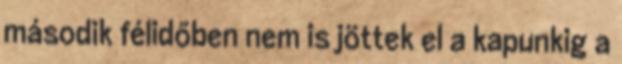
második félidőben nem is jöttek el a kapunkig a